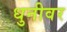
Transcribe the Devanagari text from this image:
धुनीवर